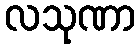
လသုဏာ